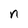
Character: n